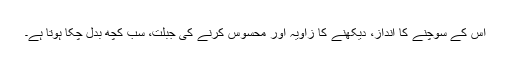
اس کے سوچنے کا انداز، دیکھنے کا زاویہ اور محسوس کرنے کی جبلت، سب کچھ بدل چکا ہوتا ہے۔